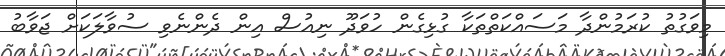
މިވަގުތު ކުރަމުންދާ މަސައްކަތްތަކާ ގުޅިގެން ހުވަދޫ ނިއުސް އިން ދެންނެވި ސުވާލަކަށް ޖަވާބު